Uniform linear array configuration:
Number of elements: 12
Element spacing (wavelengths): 0.25
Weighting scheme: uniform
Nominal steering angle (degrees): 45
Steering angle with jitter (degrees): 46.064
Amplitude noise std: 0.05
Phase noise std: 0.05

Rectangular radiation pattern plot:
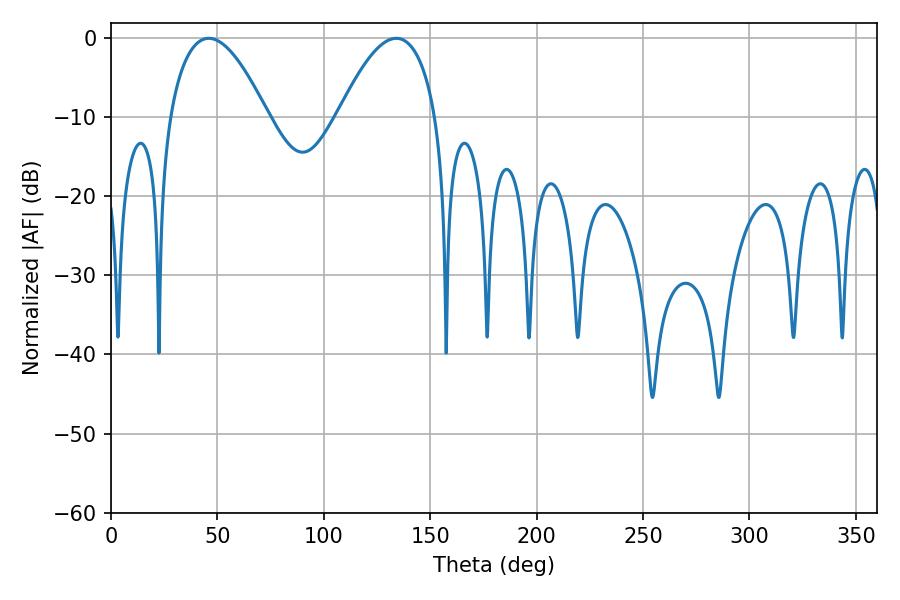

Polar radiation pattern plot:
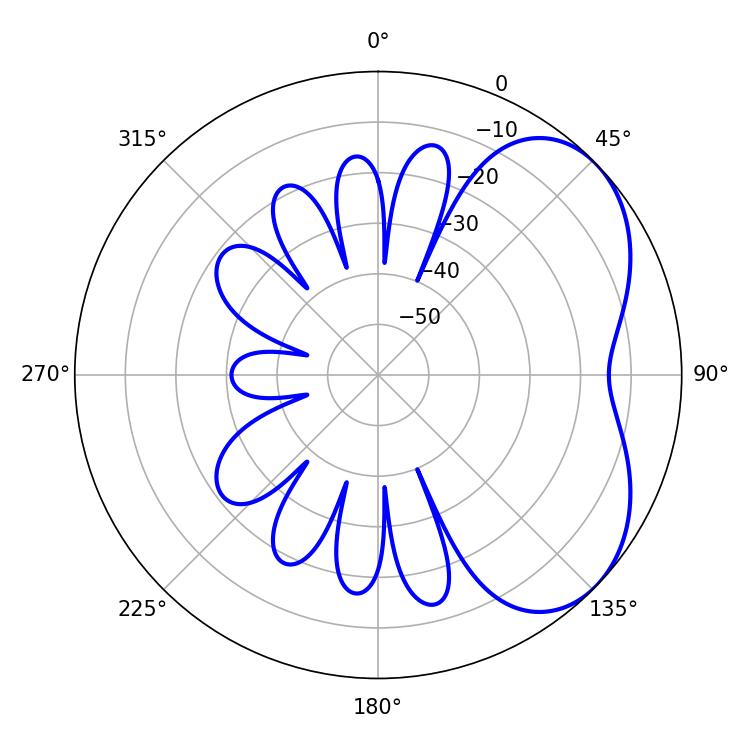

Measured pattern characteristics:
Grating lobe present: FALSE
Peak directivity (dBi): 4.494
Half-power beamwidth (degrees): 25.38
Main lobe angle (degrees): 45.9